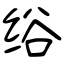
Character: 绤